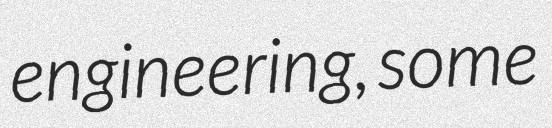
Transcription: engineering, some